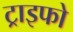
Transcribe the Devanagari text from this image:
ट्राइफो